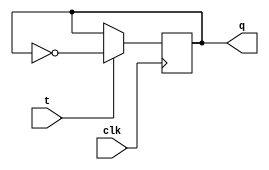
module t_ff(
    input clk,
    input t,
    output reg q
);

always @(posedge clk) begin
    if(t) begin
        q <= ~q;
    end
end

endmodule